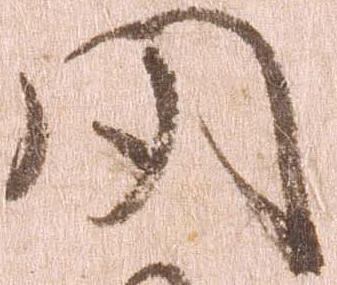
聞